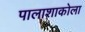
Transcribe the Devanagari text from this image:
पालाशाकोला